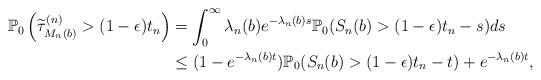
\begin{align*} \mathbb{P}_0\left(\widetilde{\tau}^{(n)}_{M_n(b)}>(1-\epsilon)t_n\right)&=\int_0^\infty\lambda_n(b)e^{-\lambda_n(b)s}\mathbb{P}_0(S_n(b)>(1-\epsilon)t_n-s)ds\\&\le (1-e^{-\lambda_n(b)t})\mathbb{P}_0(S_n(b)>(1-\epsilon)t_n-t)+e^{-\lambda_n(b)t},\end{align*}